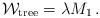
LaTeX: \begin{align*}{\cal W}_{\rm tree} = \lambda M_1\, .\end{align*}